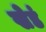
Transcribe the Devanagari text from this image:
खेडं